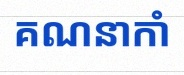
គណនាកាំ